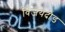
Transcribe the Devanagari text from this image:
विजयदौड